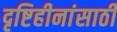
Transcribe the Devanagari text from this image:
दृष्टिहीनांसाठी